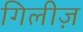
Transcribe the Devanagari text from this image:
गिलीज़